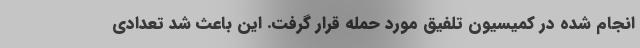
انجام شده در کمیسیون تلفیق مورد حمله قرار گرفت. این باعث شد تعدادی